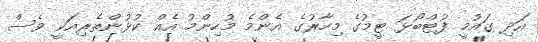
އަދި ގައުމީ ފުޓްބޯޅަ ޓީމުގެ މިހާރުގެ އެންމެ މުހިންމު އެއް ކުޅުންތެރިއަކީ ވެސް